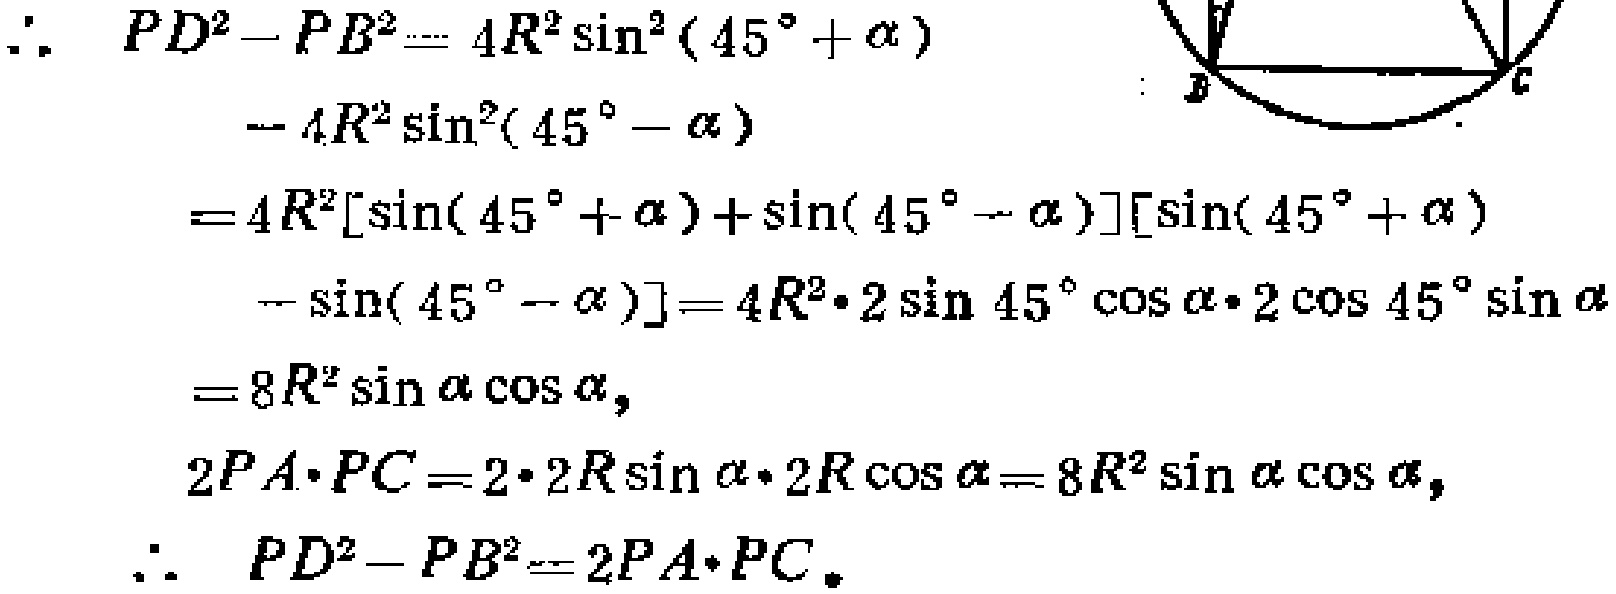
\begin{align*}
\therefore\ PD^{2}-PB^{2}&= 4R^{2}\sin^{2}(45^{\circ}+\alpha)\\
&- 4R^{2}\sin^{2}(45^{\circ}-\alpha)\\
&=4R^{2}[\sin(45^{\circ}+\alpha)+\sin(45^{\circ}-\alpha)][\sin(45^{\circ}+\alpha)\\
&-\sin(45^{\circ}-\alpha)] = 4R^{2}\cdot2\sin45^{\circ}\cos\alpha\cdot2\cos45^{\circ}\sin\alpha\\
&=8R^{2}\sin\alpha\cos\alpha,\\
2PA\cdot PC&=2\cdot2R\sin\alpha\cdot2R\cos\alpha = 8R^{2}\sin\alpha\cos\alpha,\\
\therefore\ PD^{2}-PB^{2}&=2PA\cdot PC.
\end{align*}